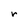
Character: r